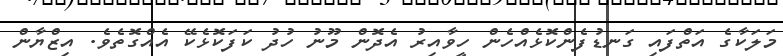
މަލަކާގެ އަތްފައި ގަނޑުފެންކޮޅެއްހެން ހީވާއިރު އެދޮން މޫނު ހުދު ކަފަކޮޅެކޭ އެއްގޮތެވެ. އިޒްޔާން